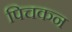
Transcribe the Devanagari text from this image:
पिचकन